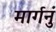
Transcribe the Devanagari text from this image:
मार्गनुं